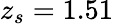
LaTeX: z_{s}=1.51